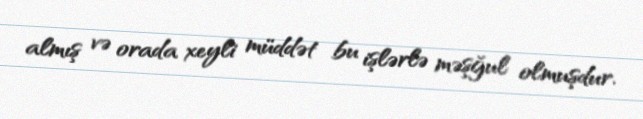
almış və orada xeyli müddət bu işlərlə məşğul olmuşdur.